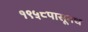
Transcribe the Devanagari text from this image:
१९५८पासूनच